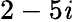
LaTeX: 2-5\mathit{i}